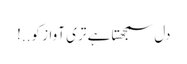
دل سمجھتا ہے تری آواز کو..!